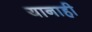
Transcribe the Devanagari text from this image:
यानाही